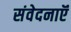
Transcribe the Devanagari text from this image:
संवेदनाऍं